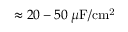
\approx 2 0 - 5 0 \: \mu \mathrm { F / c m ^ { 2 } }